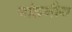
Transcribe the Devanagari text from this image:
बांछनीय